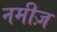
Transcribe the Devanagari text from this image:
नमीज़